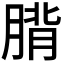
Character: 𮌡